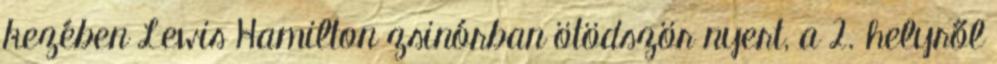
kezében Lewis Hamilton zsinórban ötödször nyert, a 2. helyről